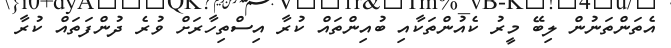
އެތަންތަނުން ލިބޭ މީރު ކެއުންތަކާއި ބުއިންތައް ކުރާ އިސްތިހާރަށް ވުރެ ދުންފަތައް ކުރާ